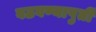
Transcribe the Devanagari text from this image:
वठवण्यापुर्ती